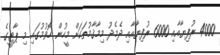
4000 ރުފިޔާއާއި 6000 ރުފިޔާއާއި ދެމެދު މިމާޤާމުތަކަށް މީހުން ހޮވުމުގައި މި ޕާޓީގެ